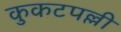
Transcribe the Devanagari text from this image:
कुकटपल्ली